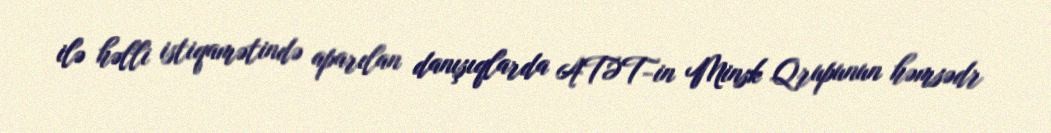
ilə həlli istiqamətində aparılan danışıqlarda ATƏT-in Minsk Qrupunun həmsədr